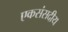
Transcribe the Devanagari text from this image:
एकसंसदीय